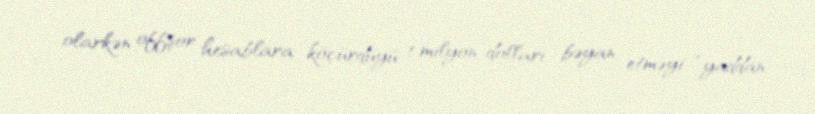
olarkən offşor hesablara köçürdüyü 1 milyon dolları bəyan etməyi “yaddan